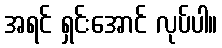
အရင် ရှင်းအောင် လုပ်ပါ။